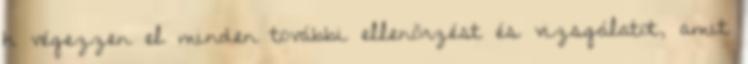
h végezzen el minden további ellenõrzést és vizsgálatot, amit